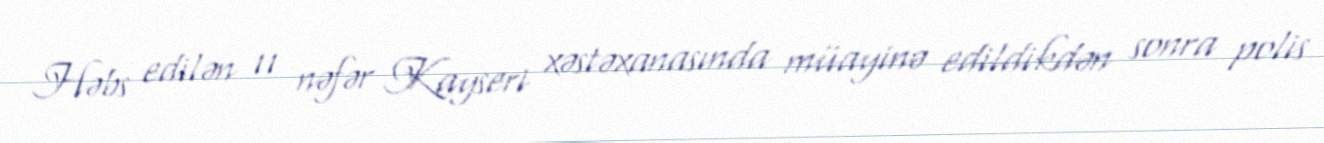
Həbs edilən 11 nəfər Kayseri xəstəxanasında müayinə edildikdən sonra polis